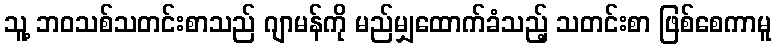
သူ့ ဘဝသစ်သတင်းစာသည် ဂျာမန်ကို မည်မျှထောက်ခံသည့် သတင်းစာ ဖြစ်စေကာမူ